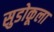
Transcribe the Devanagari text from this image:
सुडोकूला